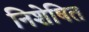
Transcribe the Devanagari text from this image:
निशेषित